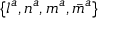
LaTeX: \{ l ^ { a } , n ^ { a } , m ^ { a } , { \bar { m } } ^ { a } \}